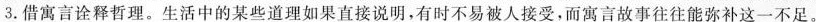
3.借寓言诠释哲理。生活中的某些道理如果直接说明，有时不易被人接受，而寓言故事往往能弥补这一不足。